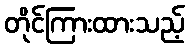
တိုင်ကြားထားသည့်